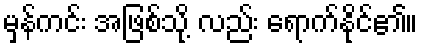
မှန်ကင်း အဖြစ်သို့ လည်း ရောက်နိုင်၏။